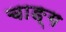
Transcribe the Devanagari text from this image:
चाङ्ग